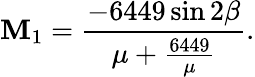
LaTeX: \mathbf{M}_{1}=\frac{{-6449\sin2\beta}}{{\mu+\frac{{6449}}{{\mu}}}}.